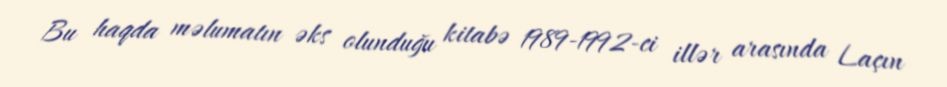
Bu haqda məlumatın əks olunduğu kitabə 1989-1992-ci illər arasında Laçın